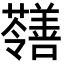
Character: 𡅐